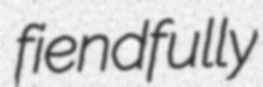
fiendfully